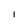
Character: l